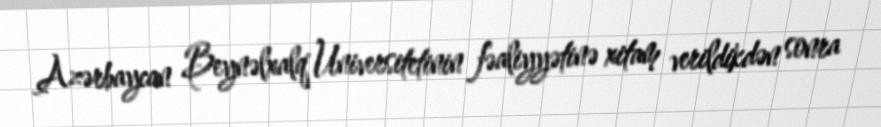
Azərbaycan Beynəlxalq Universitetinin fəaliyyətinə xitam verildikdən sonra